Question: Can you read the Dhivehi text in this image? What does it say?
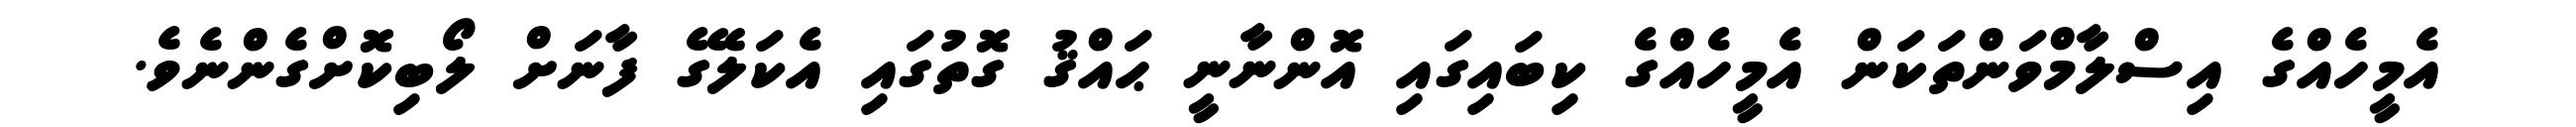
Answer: އެމީހެއްގެ އިސްލާމްވަންތަކަން އެމީހެއްގެ ކިބައިގައި އޮންނާނީ ޙައްޤު ގޮތުގައި އެކަލޭގެ ފާނަށް ލޯބިކޮށްގެންނެވެ.